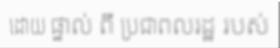
ដោយ ផ្ទាល់ ពី ប្រជាពលរដ្ឋ របស់